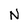
Character: N